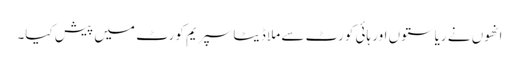
انھوں نے ریاستوں اور ہائی کورٹ سے ملا ڈیٹا سپریم کورٹ میں پیش کیا۔